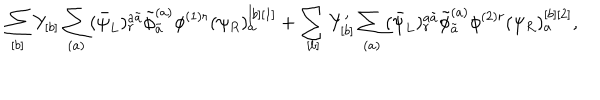
LaTeX: \sum _ { [ b ] } Y _ { [ b ] } \sum _ { ( a ) } ( \bar { \psi } _ { L } ) _ { r } ^ { a \tilde { a } } \tilde { \phi } _ { \tilde { a } } ^ { ( a ) } \phi ^ { ( 1 ) r } ( \psi _ { R } ) _ { a } ^ { [ b ] [ 1 ] } + \sum _ { [ b ] } Y _ { [ b ] } ^ { \prime } \sum _ { ( a ) } ( \bar { \psi } _ { L } ) _ { r } ^ { a \tilde { a } } \tilde { \phi } _ { \tilde { a } } ^ { ( a ) } \phi ^ { ( 2 ) r } ( \psi _ { R } ) _ { a } ^ { [ b ] [ 2 ] } ,